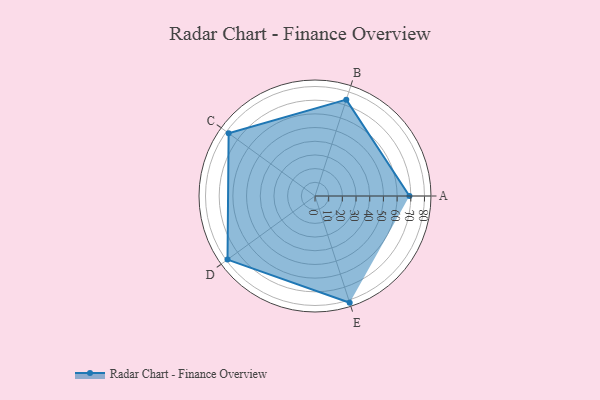
{"axis": {"x": "Skill", "y": "Score"}, "legend": ["Profile"], "data": [{"x": "A", "y": 69.0, "type": "Profile"}, {"x": "B", "y": 74.0, "type": "Profile"}, {"x": "C", "y": 78.0, "type": "Profile"}, {"x": "D", "y": 79.0, "type": "Profile"}, {"x": "E", "y": 82.0, "type": "Profile"}]}